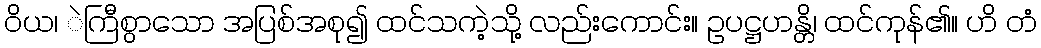
ဝိယ၊ ဲကြီစွာသော အပြစ်အစု၍ ထင်သကဲ့သို့ လည်းကောင်း။ ဥပဋ္ဌဟန္တိ၊ ထင်ကုန်၏။ ဟိ တံ